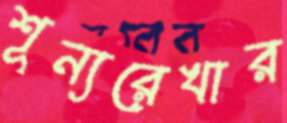
শূন্যরেখার